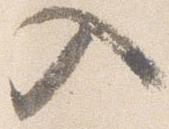
入